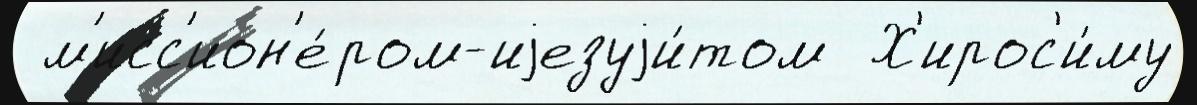
 м'исс'ион'е́ром-иjезуjи́том  Х'ирос'и́му